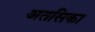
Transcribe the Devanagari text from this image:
अतसिका